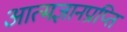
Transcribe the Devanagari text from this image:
आत्मज्ञानप्राप्ति